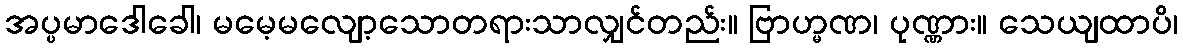
အပ္ပမာဒေါခေါ၊ မမေ့မလျော့သောတရားသာလျှင်တည်း။ ဗြာဟ္မဏ၊ ပုဏ္ဏား။ သေယျထာပိ၊